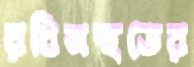
রবিনহুডের